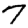
Digit: 7